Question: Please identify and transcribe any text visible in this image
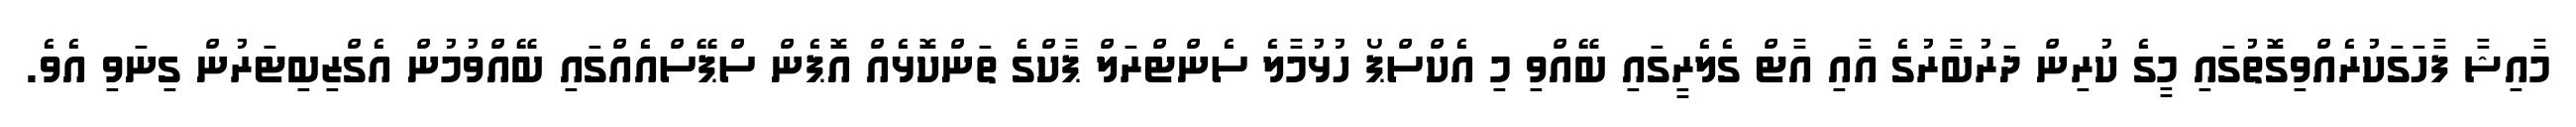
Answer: މާއިޝާ ފާހަގަކުރެއްވިގޮތުގައި މީގެ ކުރިން ދަރުބާރުގެ އާއި އާޓް ގެލެރީގައި ބޭއްވި މި އެކްސްޕޯ ހުޅުމާލެ ސެންޓްރަލް ޕާކްގެ ތަންކޮޅެއް އޮޕެން ސްޕޭސްއެއްގައި ބޭއްވުމުން އެގްޒިބިޓަރުން ގިނަވި އެވެ.